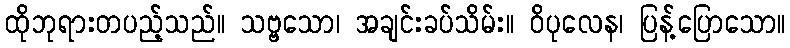
ထိုဘုရားတပည့်သည်။ သဗ္ဗသော၊ အချင်းခပ်သိမ်း။ ဝိပုလေန၊ ပြန့်ပြောသော။